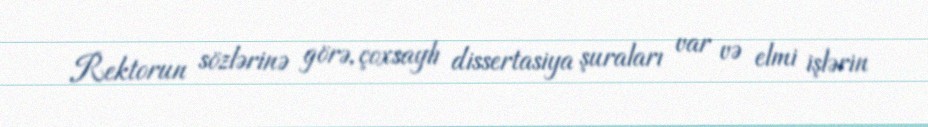
Rektorun sözlərinə görə, çoxsaylı dissertasiya şuraları var və elmi işlərin